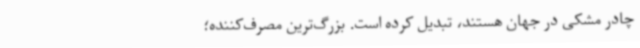
چادر‌ مشکی در جهان هستند، تبدیل کرده‌ است. بزرگ‌ترین مصرف‌کننده؛